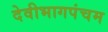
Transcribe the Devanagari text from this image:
देवीभागपंचम